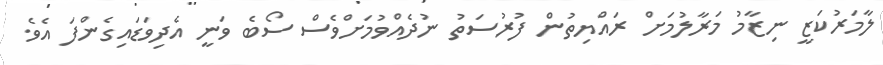
ލާމަރުކަޒީ ނިޒާމު މަރާލުމަށް ރައްޔިތުން ފުރުސަތު ނުދެއްވުމަށްވެސް ސޯބެ ވަނީ އެދިވަޑައިގެންފަ އެވެ.